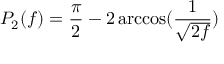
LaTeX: P _ { 2 } ( f ) = \frac { \pi } { 2 } - 2 \operatorname { a r c c o s } ( \frac { 1 } { \sqrt { 2 f } } )